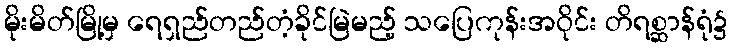
မိုးမိတ်မြို့မှ ရေရှည်တည်တံ့ခိုင်မြဲမည့် သပြေကုန်းအဝိုင်း တိရစ္ဆာန်ရုံ၌